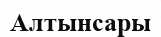
Алтынсары